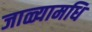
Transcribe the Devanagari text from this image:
जाळ्यामधि